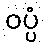
ဝပ္ပံ